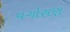
વગોસણ